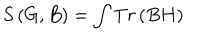
S \left( G , B \right) = \int T r \left( B H \right)